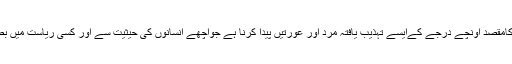
تعلیم ایک ذہنی وجسمانی اور اخلاقی تربیت ہے اور اس کامقصد اونچے درجے کےایسے تہذیب یافتہ مرد اور عورتیں پیدا کرنا ہے جواچھے انسانوں کی حیثیت سے اور کسی ریاست میں بطور ذمہ دارشہری اپنے فرائض انجام دینے کے اہل ہوں۔